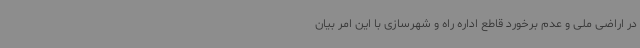
در اراضی ملی و عدم برخورد قاطع اداره راه و شهرسازی با این امر بیان